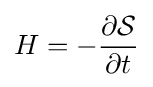
H=-{\frac {\partial {\mathcal {S}}}{\partial t}}